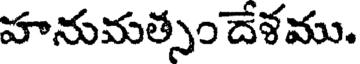
హనుమత్సం దేళము.